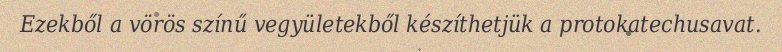
Ezekből a vörös színű vegyületekből készíthetjük a protokatechusavat.